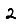
Digit: 2